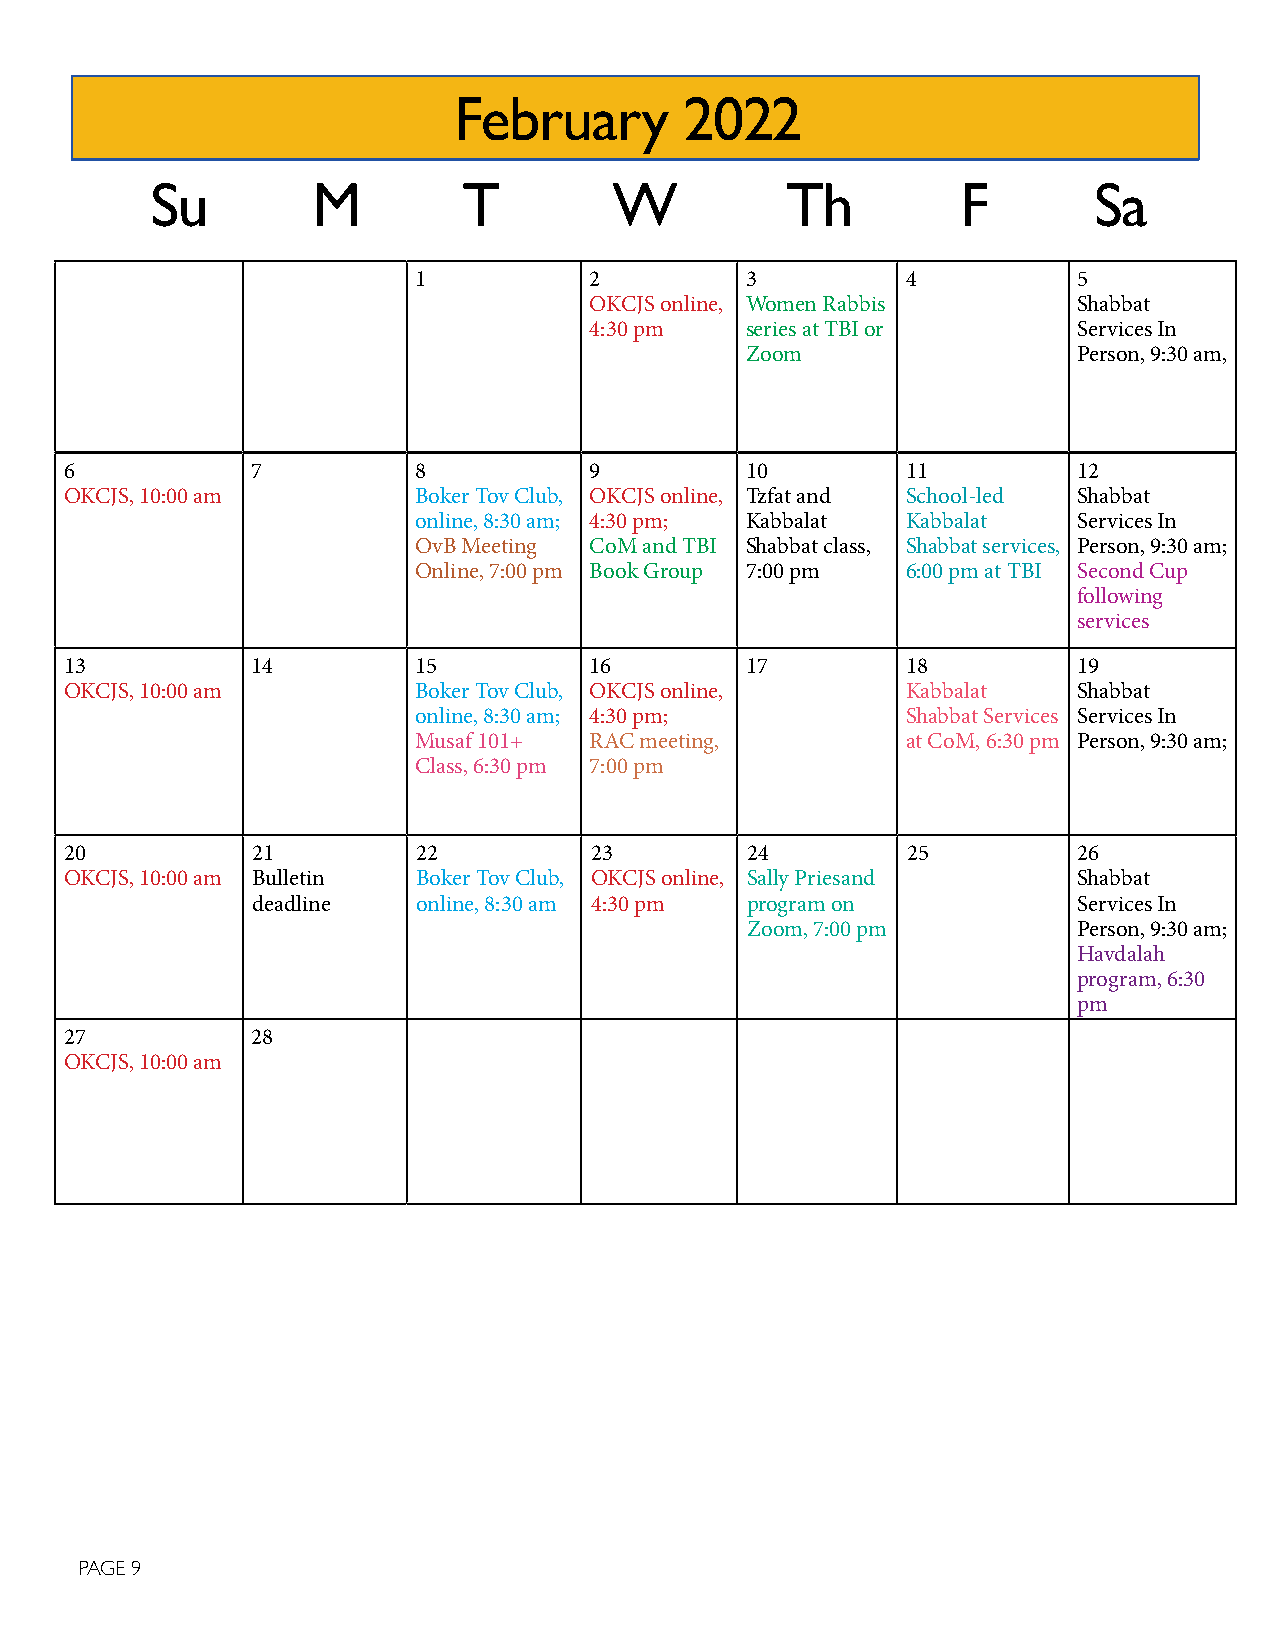
February       2022
 Su         M         T         W          Th          F       Sa
 1           2         3          4          5
 OKCJS online, Women Rabbis      Shabbat
 4:30 pm   series at TBI or      Services In
 Zoom                  Person, 9:30 am,
 6            7         8           9         10         11         12
 OKCJS, 10:00 am        Boker Tov Club, OKCJS online, Tzfat and School-led Shabbat
 online, 8:30 am; 4:30 pm; Kabbalat Kabbalat Services In
 OvB Meeting CoM and TBI Shabbat class, Shabbat services, Person, 9:30 am;
 Online, 7:00 pm Book Group 7:00 pm 6:00 pm at TBI Second Cup
 following
 services
 13           14        15          16        17         18         19
 OKCJS, 10:00 am        Boker Tov Club, OKCJS online,    Kabbalat   Shabbat
 online, 8:30 am; 4:30 pm;        Shabbat Services Services In
 Musaf 101+  RAC meeting,         at CoM, 6:30 pm Person, 9:30 am;
 Class, 6:30 pm 7:00 pm
 20           21         22         23        24         25         26
 OKCJS, 10:00 am Bulletin Boker Tov Club, OKCJS online, Sally Priesand Shabbat
 deadline   online, 8:30 am 4:30 pm program on         Services In
 Zoom, 7:00 pm         Person, 9:30 am;
 Havdalah
 program, 6:30
 pm
 27           28
 OKCJS, 10:00 am
 PAGE 9